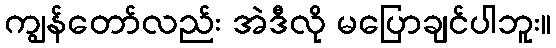
ကျွန်တော်လည်း အဲဒီလို မပြောချင်ပါဘူး။